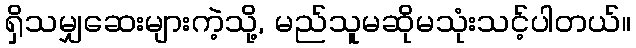
ရှိသမျှဆေးများကဲ့သို့, မည်သူမဆိုမသုံးသင့်ပါတယ်။